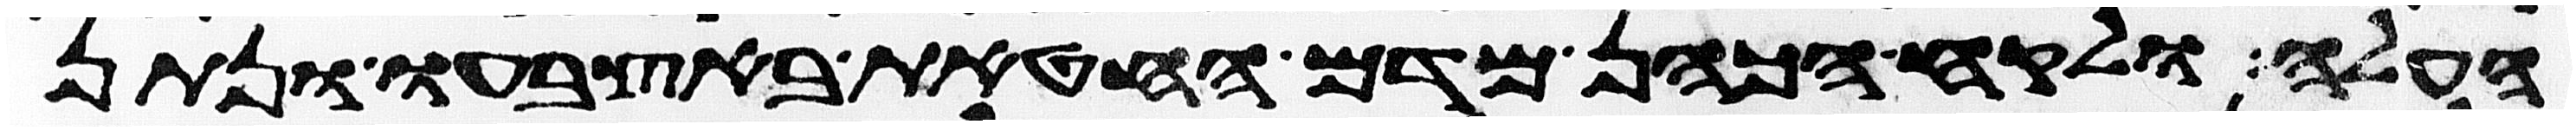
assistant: העלה ולקח הכהן מדם החטאת באצבעו ונתן